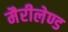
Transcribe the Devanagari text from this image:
मैरीलेण्ड